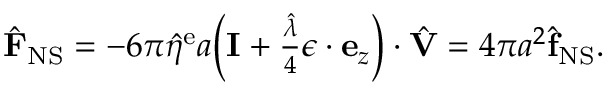
\begin{array} { r } { \hat { \mathbf { F } } _ { \mathrm { N S } } = - 6 \pi \hat { \eta } ^ { \mathrm { e } } a \bigg ( \mathbf { I } + \frac { \hat { \lambda } } { 4 } \boldsymbol { \epsilon } \cdot \mathbf { e } _ { z } \bigg ) \cdot \hat { \mathbf { V } } = 4 \pi a ^ { 2 } \hat { \mathbf { f } } _ { \mathrm { N S } } . } \end{array}